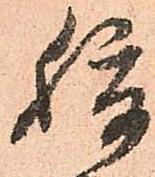
腹